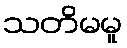
သတိမမူ